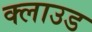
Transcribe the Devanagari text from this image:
क्‍लाउड